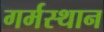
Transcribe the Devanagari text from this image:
गर्मस्थान